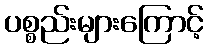
ပစ္စည်းများကြောင့်